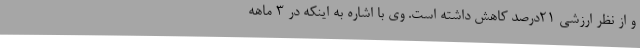
و از نظر ارزشی 21درصد کاهش داشته است. وی با اشاره به اینکه در 3 ماهه